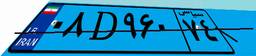
۰۸D۹۶۰۷۴